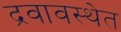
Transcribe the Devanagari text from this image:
द्रवावस्थेत